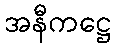
အနီကဋ္ဌေ